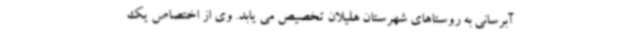
آبرسانی به روستاهای شهرستان هلیلان تخصیص می یابد. وی از اختصاص یک